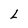
Character: L